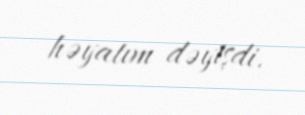
həyatım dəyişdi.